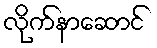
လိုက်နာဆောင်